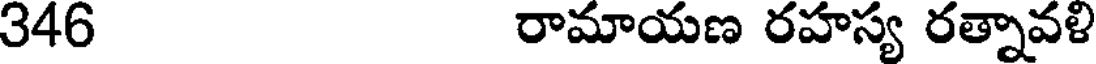
346 రామాయణ రహస్య రత్నావళి